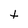
Character: t